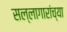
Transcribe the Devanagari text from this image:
सल्लागारांच्या